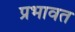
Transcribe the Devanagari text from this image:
प्रभावत